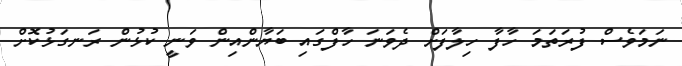
ނަމަވެސް ފުރަތަމަ ހާފާ ހިލާފަށް ދެވަނަ ހާފްގައި ބަޔާންއިން ވަނީ ކުޅުން ރަނގަޅުކޮށް